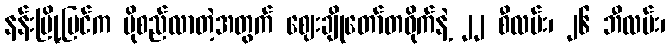
နန်းမြို့ပြင်က ပိုစည်လာတဲ့အတွက် ဈေးချိုတော်တဝိုက်နဲ့ ၂၂ စီလမ်း၊ ၂၆ ဘီလမ်း၊